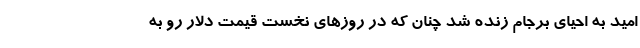
امید به احیای برجام زنده شد چنان که در روزهای نخست قیمت دلار رو به